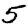
Digit: 5